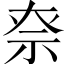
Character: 𥘾